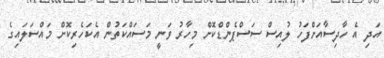
އަދި އެ ހާދިސާއަށްފަހު ލުއިސް ސަސްޕެންޑްކޮށް މިހާރު ވަނީ މަސައްކަތުން އެކަހެރިކޮށް މައްސަލައިގެ